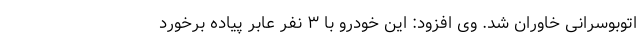
اتوبوسرانی خاوران شد. وی افزود: این خودرو با ۳ نفر عابر پیاده برخورد